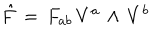
{ \hat { F } } \, = \, F _ { a b } \, V ^ { a } \, \wedge \, V ^ { b }